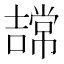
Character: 𭋠